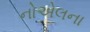
નોએલના